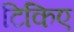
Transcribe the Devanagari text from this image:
टिकिए